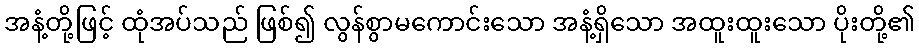
အနံ့တို့ဖြင့် ထုံအပ်သည် ဖြစ်၍ လွန်စွာမကောင်းသော အနံ့ရှိသော အထူးထူးသော ပိုးတို့၏